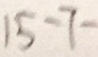
1 5 - 7 -